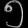
Digit: ၅